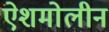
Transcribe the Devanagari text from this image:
ऐशमोलीन